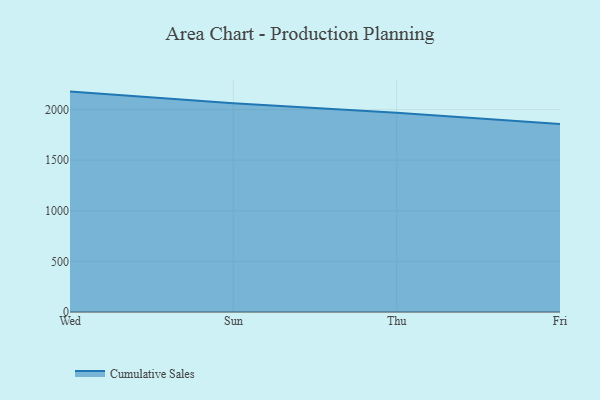
{"axis": {"x": "Day", "y": "Conversion Rate (%)"}, "legend": ["Cumulative Sales"], "data": [{"x": "Wed", "y": 2177.4, "type": "Cumulative Sales"}, {"x": "Sun", "y": 2062.9, "type": "Cumulative Sales"}, {"x": "Thu", "y": 1968.2, "type": "Cumulative Sales"}, {"x": "Fri", "y": 1857.1, "type": "Cumulative Sales"}]}